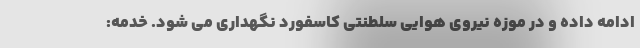
ادامه داده و در موزه نیروی هوایی سلطنتی کاسفورد نگهداری می شود. خدمه: